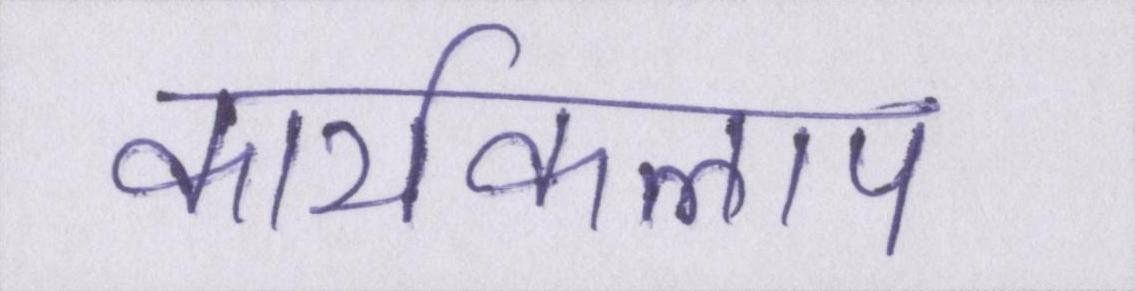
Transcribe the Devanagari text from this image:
कार्यकलाप